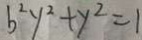
b ^ { 2 } y ^ { 2 } + y ^ { 2 } = 1